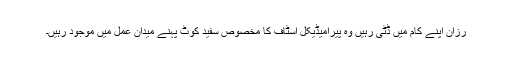
رزان اپنے کام میں ڈٹی رہیں وہ پیرامیڈیکل اسٹاف کا مخصوص سفید کوٹ پہنے میدانِ عمل میں موجود رہیں۔